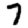
Digit: 7